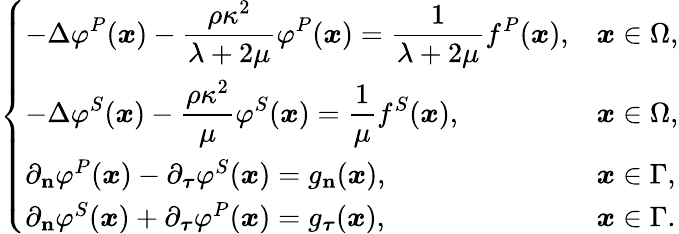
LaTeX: \left\{ \begin{array}{ll}{\displaystyle{-\Delta\varphi^{P}(\boldsymbol{x})-\frac{\rho\kappa^{2}}{\lambda+2\mu}\varphi^{P}(\boldsymbol{x})=\frac{1}{\lambda+2\mu}f^{P}(\boldsymbol{x})},}&{\boldsymbol{x}\in\Omega,}\\ {\displaystyle{-\Delta\varphi^{S}(\boldsymbol{x})-\frac{\rho\kappa^{2}}{\mu}\varphi^{S}(\boldsymbol{x})=\frac{1}{\mu}f^{S}(\boldsymbol{x})},}&{\boldsymbol{x}\in\Omega,}\\ {\partial_{\mathbf{n}}\varphi^{P}(\boldsymbol{x})-\partial_{\boldsymbol{\tau}}\varphi^{S}(\boldsymbol{x})={g}_{\mathbf{n}}(\boldsymbol{x}),}&{\boldsymbol{x}\in\Gamma,}\\ {\partial_{\mathbf{n}}\varphi^{S}(\boldsymbol{x})+\partial_{\boldsymbol{\tau}}\varphi^{P}(\boldsymbol{x})={g}_{\boldsymbol{\tau}}(\boldsymbol{x}),}&{\boldsymbol{x}\in\Gamma.}\end{array}\right.